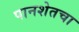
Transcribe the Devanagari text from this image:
पानशेतचा